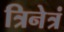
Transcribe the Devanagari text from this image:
त्रिनेत्रं